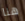
هنا